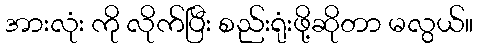
အားလုံး ကို လိုက်ပြီး စည်းရုံးဖို့ဆိုတာ မလွယ်။